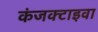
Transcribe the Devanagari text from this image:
कंजक्टाइवा